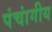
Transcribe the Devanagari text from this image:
पंचांगीय